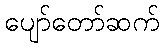
ပျော်တော်ဆက်